Civil Veterinary Dept. North-West Frontier Province 1923-32 - 1923-1932
Year: 1923
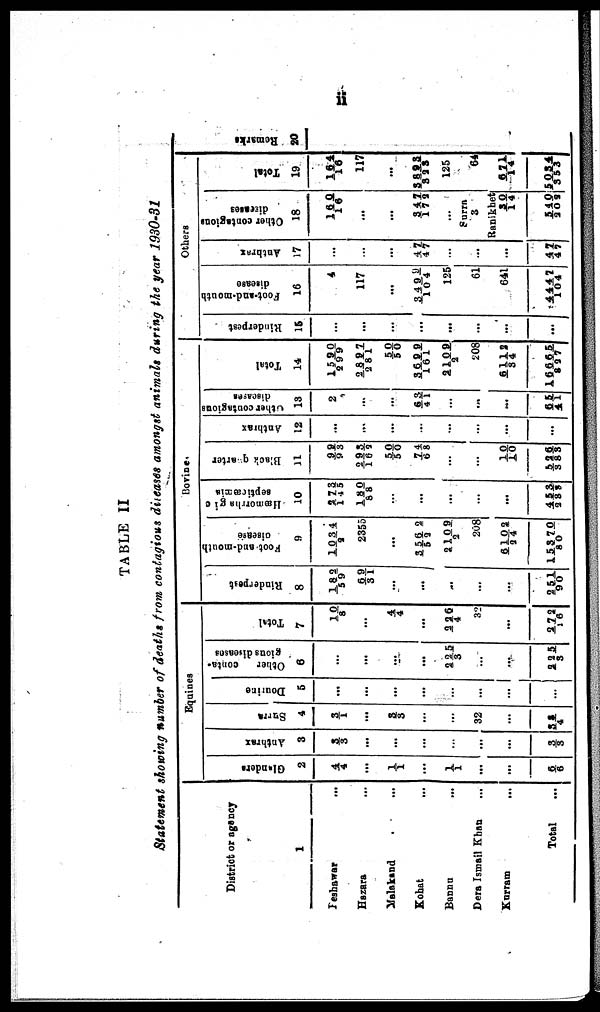
ii
TABLE II
Statement showing number of deaths from contagions diseases amongst animals during the year 1930-31
District or gency
1
Peshawar ...
Hazara ...
Malakand ...
Kohat ...
Bannu
...
Dera Ismail Khan ...
Kurram ...
Total
Equines
Glanders
2
4/
4
1/
1
1/
1
...
...
6/
6
Anthrax
3
3/
3
...
...
...
...
3/
3
Surra
4
3/
1
3/
3
...
32
...
38/
4
Dourine
5
...
...
...
...
...
...
Other
conta-
gionsdiieasos
6
...
...
2 2 5/
3
...
...
2 2 5/
3
Total
7
1 0/
8
4/
4
2 2 6/
4
32
...
2 7 2/
1 6
Bovine.
Rinderpest
8
1 8 2/
59
6 9/
31
...
...
...
...
2 51/
90
Foot
and mouth
disease
9
1 0 3 4/
2
2355
...
3 5 6 2/
5 2
2 1 0 9/
2
208
6 1 0 2/
24
1 5 3 7 0/
80
Hæmorrhagic
septicæmia
10
2 7 3/
1 4 5
180/
8 8
...
...
...
...
...
4 5 3/
2 8 3
Black quarter
11
9 9/
93
2 9 3/
1 6 2
5 0/
50
7 4/
6 8
...
...
10/
10
5 2 6/
3 8 3
Anthrax
12
...
...
...
...
...
...
...
Other contagious
13
2
...
...
6 3/
4 1
...
...
...
6 5/
4 1
Total
14
1 5 9 0/
2 99
2 8 9 7/
2 8 1
5 0/
50
3 6 9 9/
1 6 1
2 1 0 9/
2
2 0 8
6 1 1 2/
3 4
1 6 6 6 5/
8 2 7
Others
Rinderpest
1 5
...
...
...
...
...
...
...
Foot-and-mouth
disease
16
4
117
...
3 4 9 9/
10 4
125
61
641
4 4 4 7/
104
Anthrax
1 7
...
...
...
47/
47
...
...
47/
47
Other contagious
18
1 6 0/16
...
...
3 4 7/1 7 2
...
Surra
3
Ranikhet
3 0/
14
540/
202
Total
19
1 6 4/16
117
...
3 6 93/
3 2 3
125
64
6 7 1/
14
5 0 3 4/
353
Remarks
20